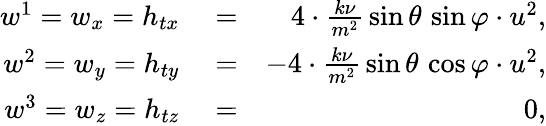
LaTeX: \begin{array}{rlr}{w^{1}=w_{x}=h_{tx}}&{{}=}&{4\cdot\frac{k\nu}{m^{2}}\, \sin\theta\, \sin\varphi\cdot u^{2},}\\ {w^{2}=w_{y}=h_{ty}}&{{}=}&{-4\cdot\frac{k\nu}{m^{2}}\, \sin\theta\, \cos\varphi\cdot u^{2},}\\ {w^{3}=w_{z}=h_{tz}}&{{}=}&{0,}\end{array}